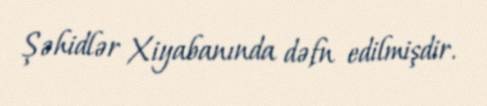
Şəhidlər Xiyabanında dəfn edilmişdir.